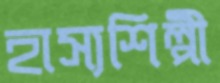
হাস্যশিল্পী